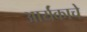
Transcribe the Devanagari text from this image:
आर्यंकाचे